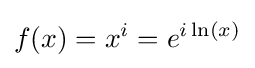
f(x)=x^{i}=e^{i\ln(x)}